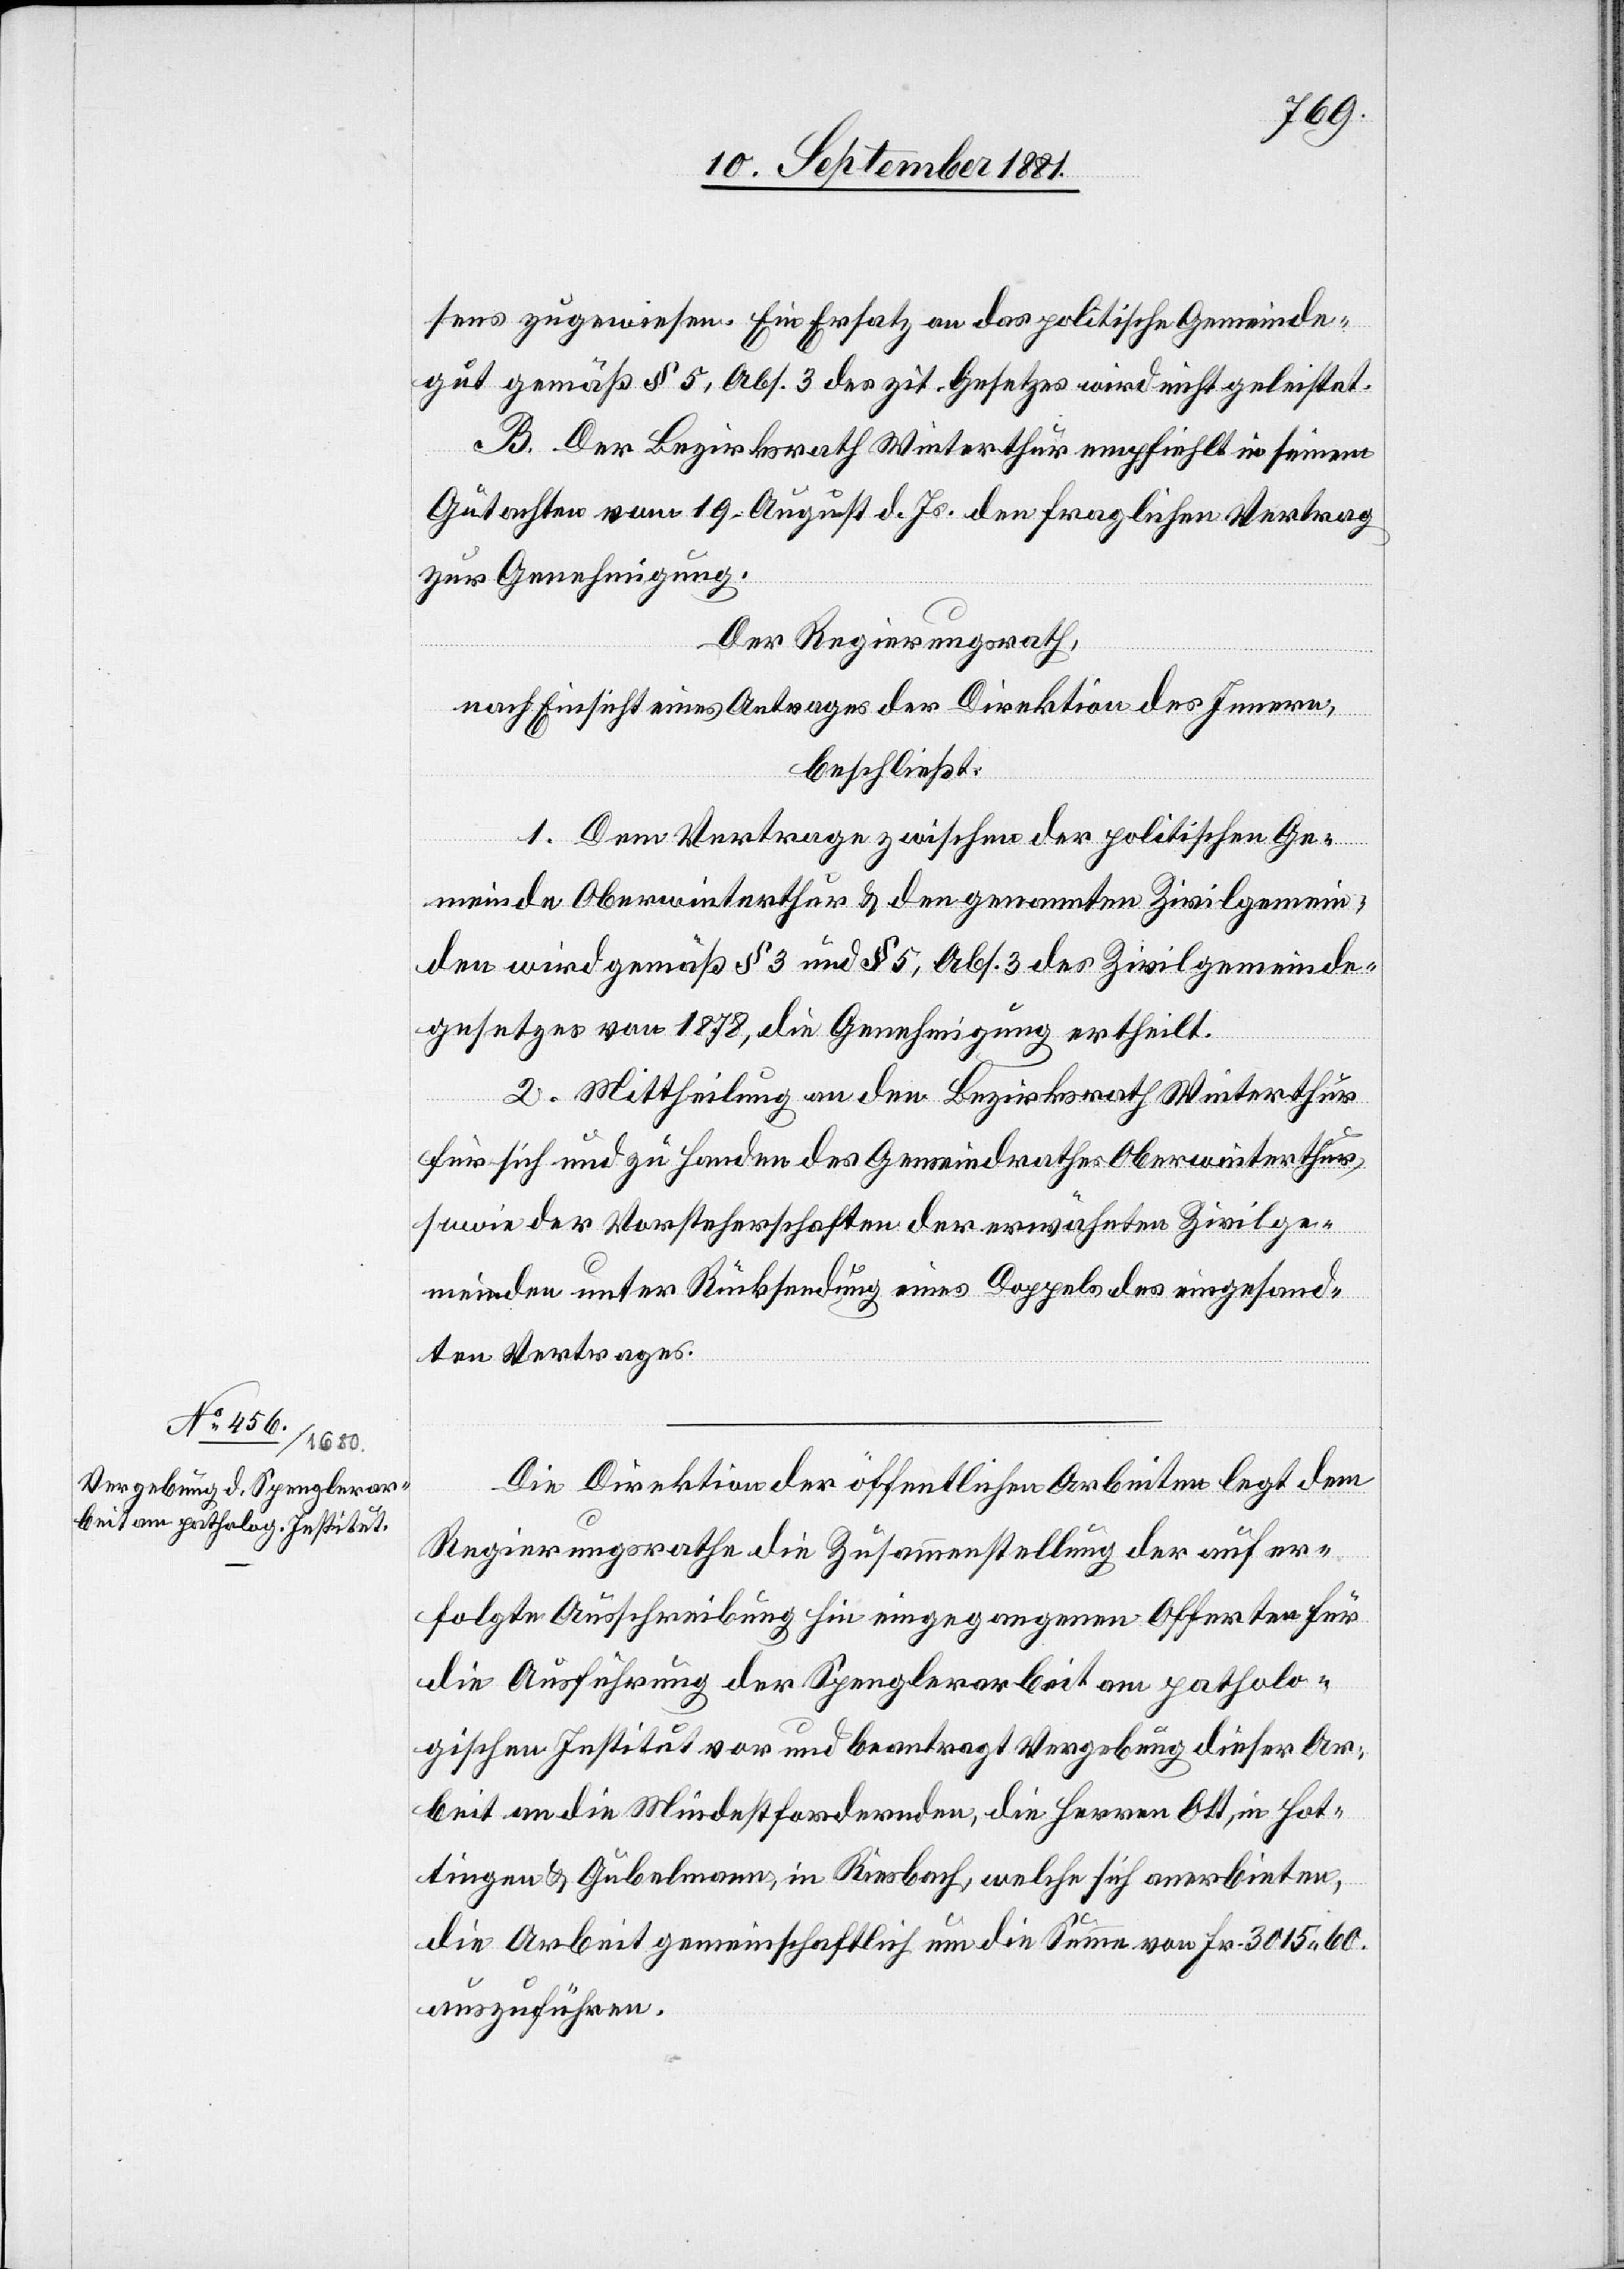
sens zugewiesen. Ein Ersatz an das politische Gemeinde¬
gut gemäß § 5, Abs. 3 des zit. Gesetzes wird nicht geleistet.
B. Der Bezirksrath Winterthur empfiehlt in seinem
Gutachten vom 19. August d. Js. den fraglichen Vertrag
zur Genehmigung.
Der Regierungsrath,
nach Einsicht eines Antrages der Direktion des Innern,
beschließt:
1. Dem Vertrage zwischen der politischen Ge¬
meinde Oberwinterthur & den genannten Zivilgemein¬
den wird gemäß § 3 und § 5, Abs. 3 des Zivilgemeinde¬
gesetzes von 1878, die Genehmigung ertheilt.
2. Mittheilung an den Bezirksrath Winterthur
für sich und zu Handen des Gemeindrathes Oberwinterthur,
sowie der Vorsteherschaften der erwähnten Zivilge¬
meinden unter Rücksendung eines Doppels des eingesand¬
ten Vertrages.
Die Direktion der öffentlichen Arbeiten legt dem
Regierungsrathe die Zusammenstellung der auf er¬
folgte Ausschreibung hin eingegangenen Offerten für
die Ausführung der Spenglerarbeit an patholo¬
gischen Institut vor und beantragt Vergebung dieser Ar¬
beit an die Mindestfordernden, die Herren Ott, in Hot¬
tingen & Gübelmann, in Riesbach, welche sich anerbieten,
die Arbeit gemeinschaftlich um die Summe von Fr. 3015 60.
auszuführen.